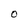
Character: 0